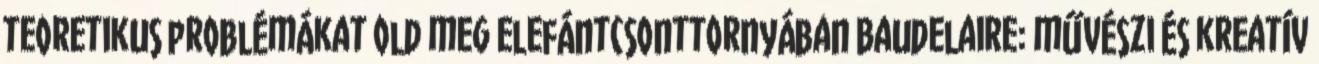
teoretikus problémákat old meg elefántcsonttornyában Baudelaire: művészi és kreatív